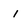
Character: i